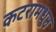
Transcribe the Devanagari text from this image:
कटरामधून